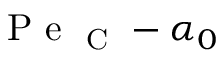
\mathrm { ~ P ~ e ~ } _ { \mathrm { ~ C ~ } } - \alpha _ { 0 }